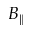
B _ { \| }